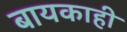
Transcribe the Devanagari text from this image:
बायकाही